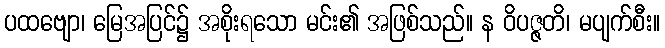
ပထဗျော၊ မြေအပြင်၌ အစိုးရသော မင်း၏ အဖြစ်သည်။ န ဝိပဇ္ဇတိ၊ မပျက်စီး။